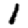
Digit: 1